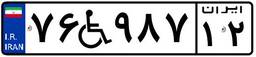
۷۶W۹۸۷۱۲